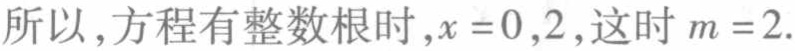
所以,方程有整数根时,$x = 0,2$,这时$m = 2$.